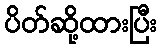
ပိတ်ဆို့ထားပြီး